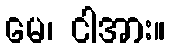
မေ၊ ငါအား။